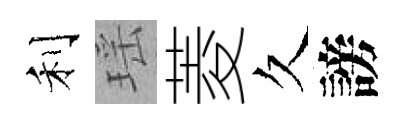
利瑶菱久謗